Tartu_pedagoogiumi_aruanded, lk 34
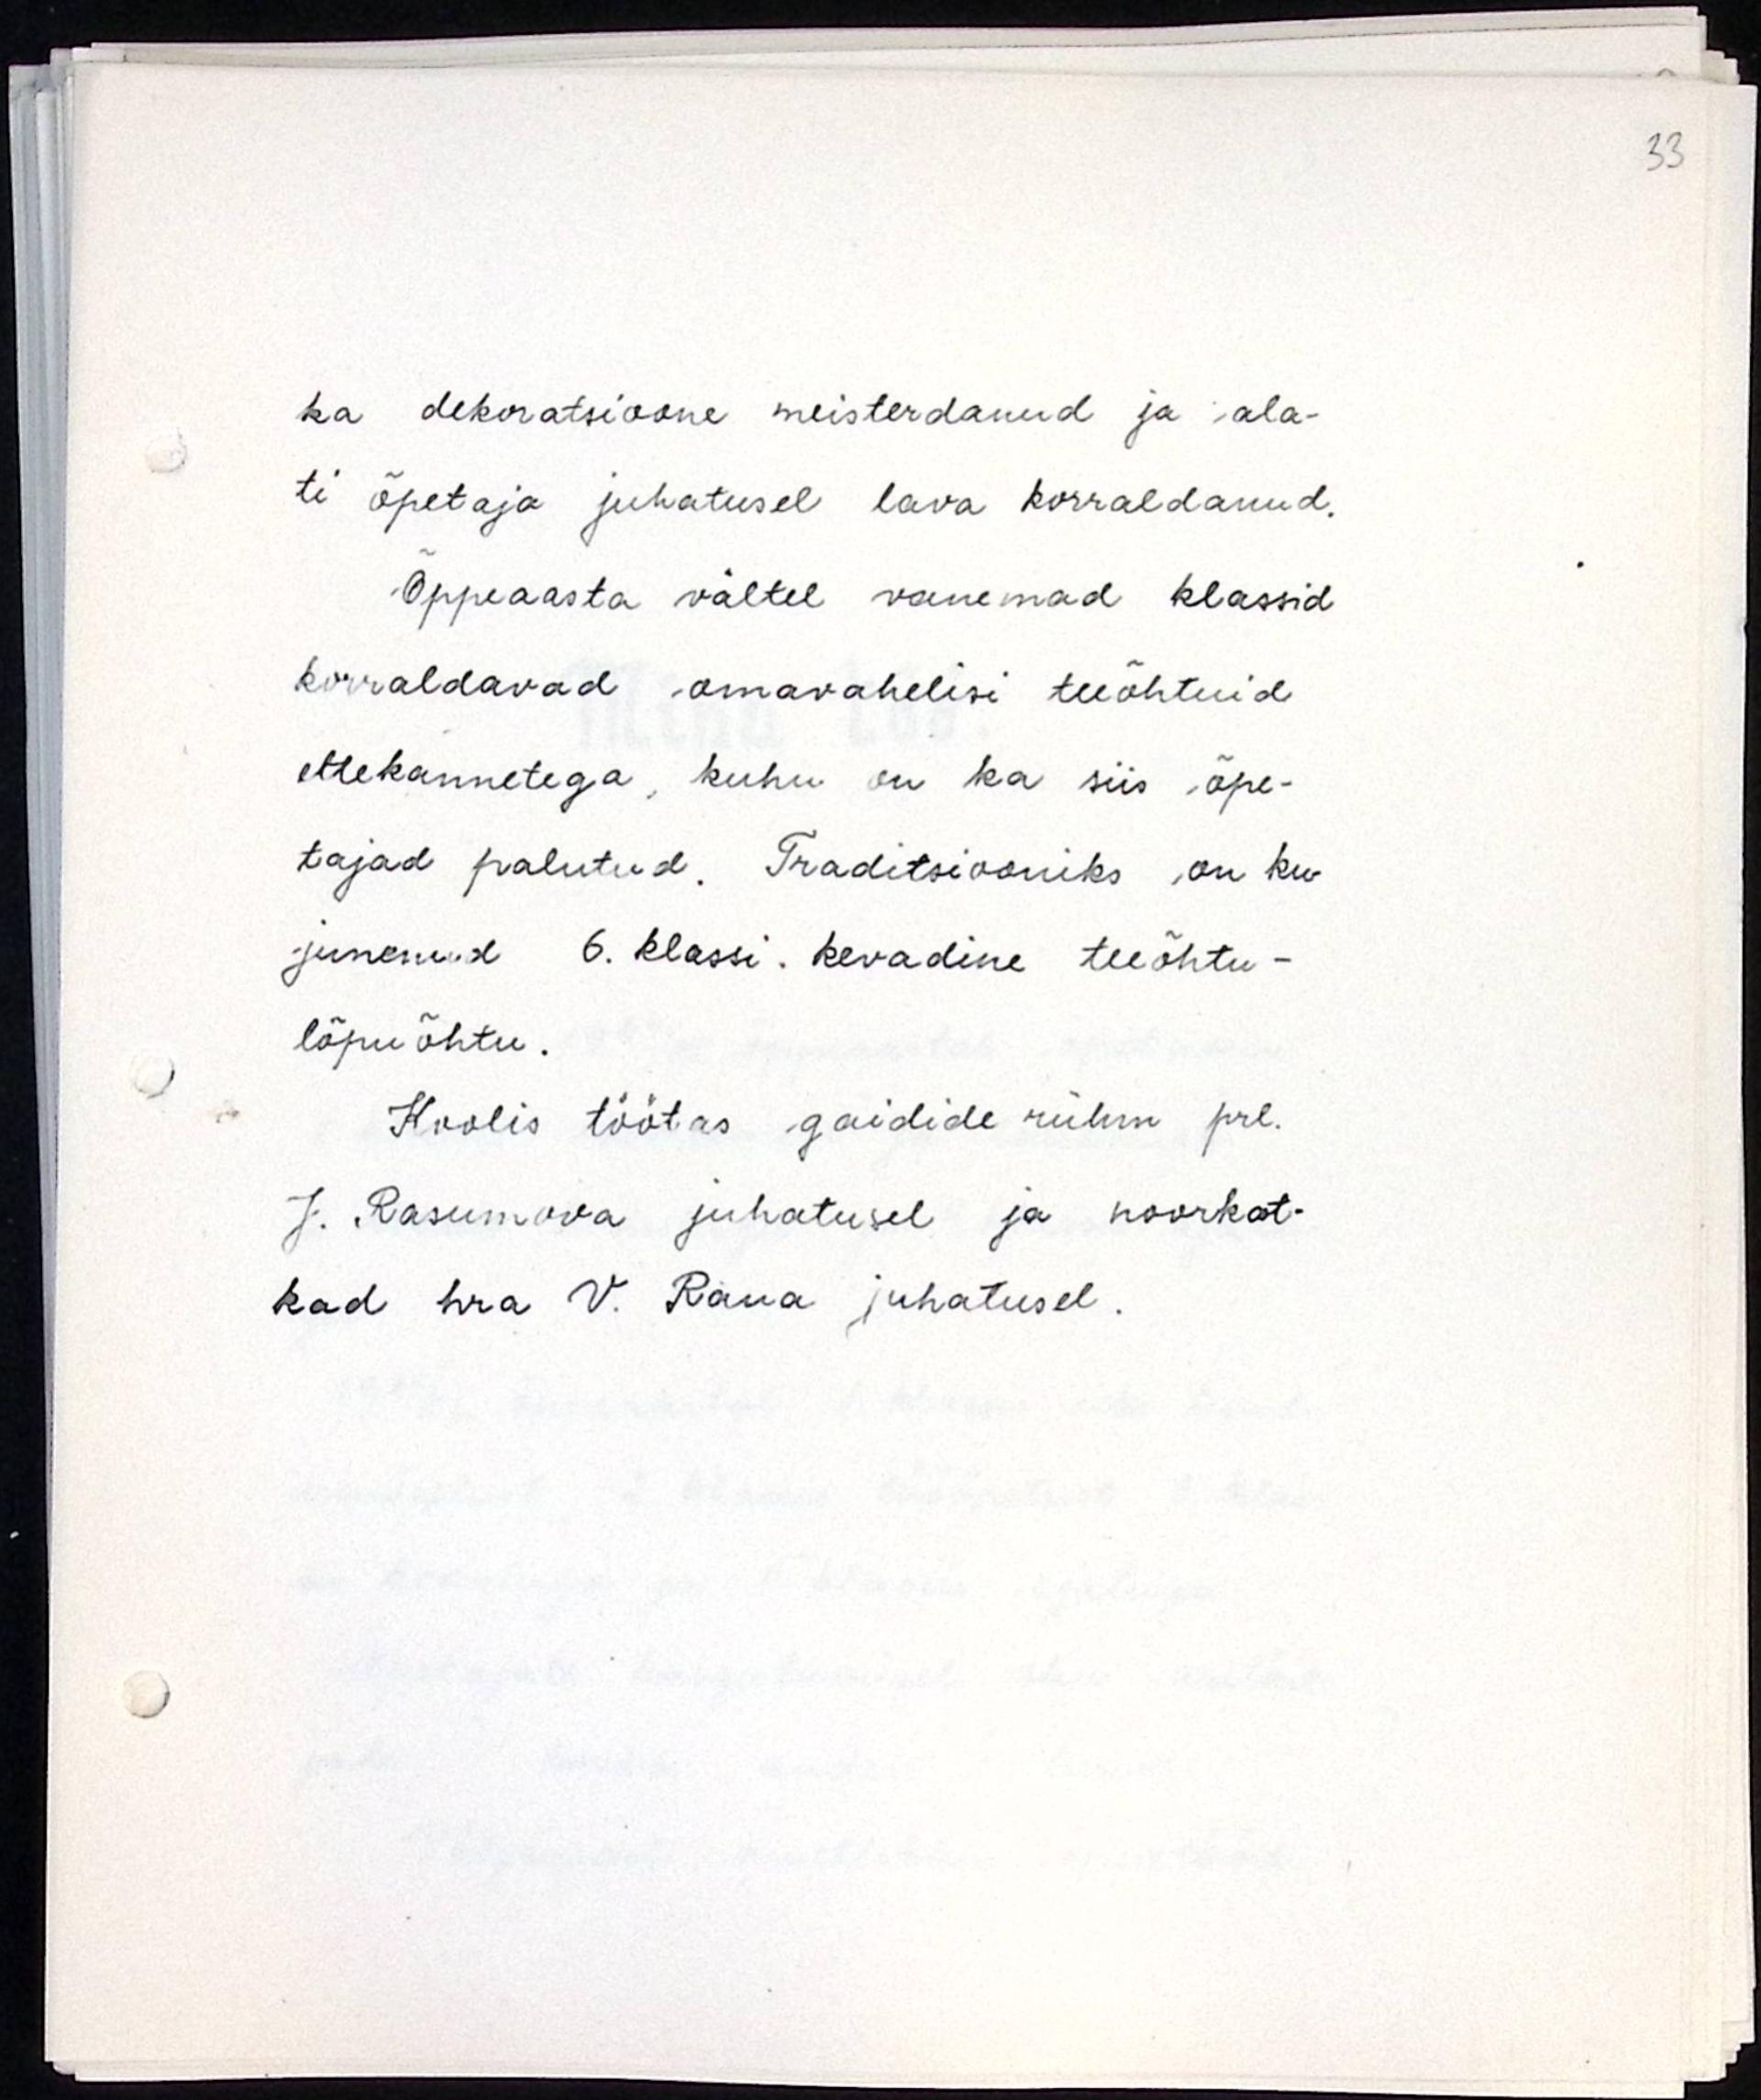
ka dekoratsioone meisterdanud ja ala-
ti õpetaja juhatusel lava korraldanud.
Õppeaasta vältel vanemad klassid
korraldavad omavahelisi teeõhtuid
ettekannetega, kuhu on ka siis õpe-
tajad palutud. Traditsiooniks on ku-
junenud 6. klassi kevadine teeõhtu-
lõpuõhtu.
Koolis töötas gaidide rühm prl.
J. Rasumova juhatusel ja noorkot-
kad hra. V. Raua juhatusel.